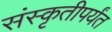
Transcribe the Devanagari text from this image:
संस्कृतीपर्यंत